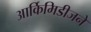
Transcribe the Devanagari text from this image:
आर्किमिडीजने